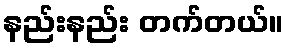
နည်းနည်း တက်တယ်။